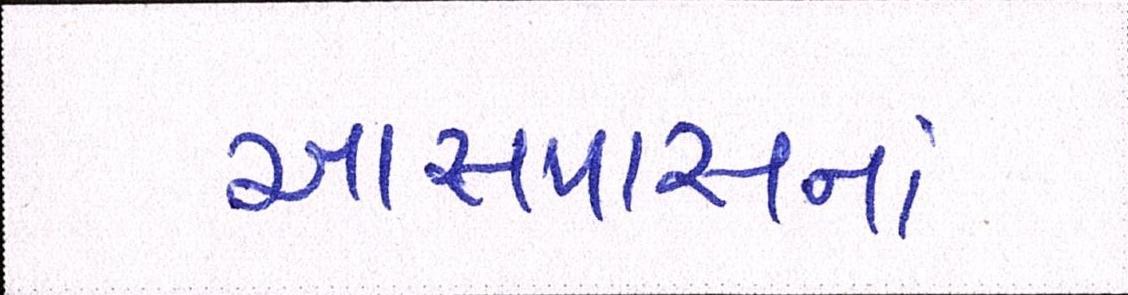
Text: આસપાસનાં